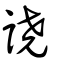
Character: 譊